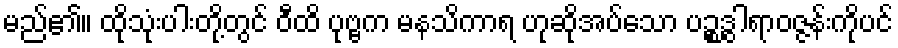
မည်၏။ ထိုသုံးပါးတို့တွင် ဝီထိ ပုဗ္ဗက မနသိကာရ ဟုဆိုအပ်သော ပဉ္စဒွါရာဝဇ္ဇန်းကိုပင်